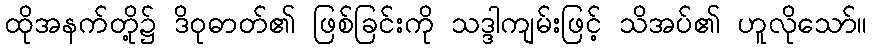
ထိုအနက်တို့၌ ဒိဝုဓာတ်၏ ဖြစ်ခြင်းကို သဒ္ဒါကျမ်းဖြင့် သိအပ်၏ ဟူလိုသော်။